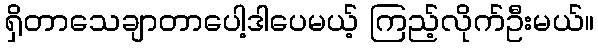
ရှိတာသေချာတာပေါ့ဒါပေမယ့် ကြည့်လိုက်ဦးမယ်။